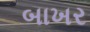
બાખર